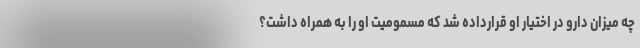
چه میزان دارو در اختیار او قرارداده شد که مسمومیت او را به همراه داشت؟